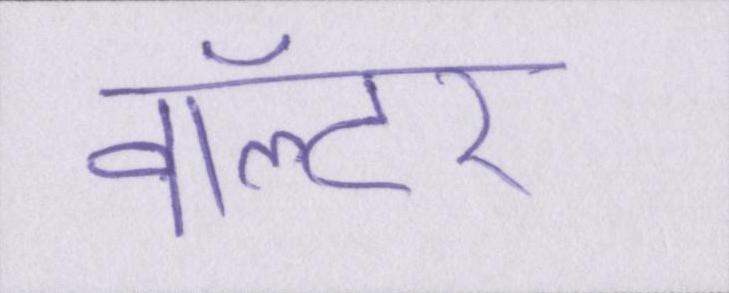
वॉल्टर